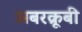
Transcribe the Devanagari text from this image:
अबरक्रूबी